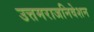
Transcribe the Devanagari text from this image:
उत्तमराजनिवेशन